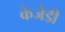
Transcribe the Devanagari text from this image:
केजेडी